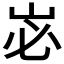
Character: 𭖑